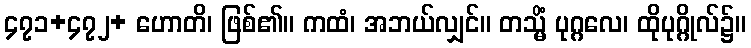
၄၇၁+၄၇၂+ ဟောတိ၊ ဖြစ်၏။ ကထံ၊ အဘယ်လျှင်။ တသ္မိံ ပုဂ္ဂလေ၊ ထိုပုဂ္ဂိုလ်၌။